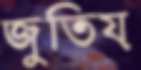
জুতিয়